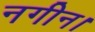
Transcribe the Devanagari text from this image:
नगीन।